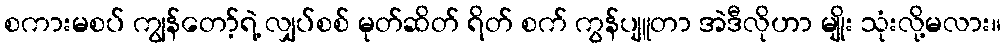
စကားမစပ် ကျွန်တော့်ရဲ့ လျှပ်စစ် မုတ်ဆိတ် ရိတ် စက် ကွန်ပျူတာ အဲဒီလိုဟာ မျိုး သုံးလို့မလား။